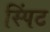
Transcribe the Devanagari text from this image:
स्पिंट